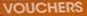
VOUCHERS